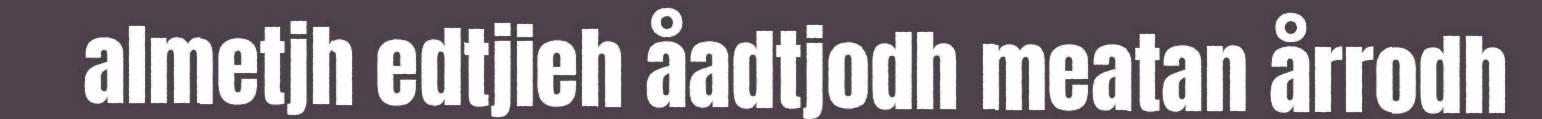
almetjh edtjieh åadtjodh meatan årrodh